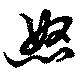
怒